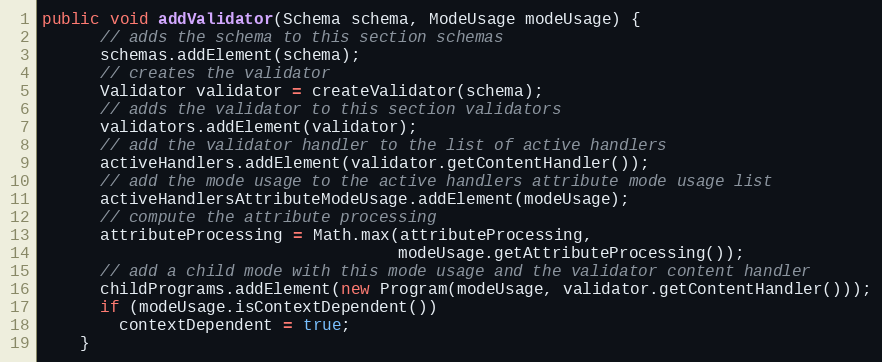
Language: Java
public void addValidator(Schema schema, ModeUsage modeUsage) {
      // adds the schema to this section schemas
      schemas.addElement(schema);
      // creates the validator
      Validator validator = createValidator(schema);
      // adds the validator to this section validators
      validators.addElement(validator);
      // add the validator handler to the list of active handlers
      activeHandlers.addElement(validator.getContentHandler());
      // add the mode usage to the active handlers attribute mode usage list
      activeHandlersAttributeModeUsage.addElement(modeUsage);
      // compute the attribute processing
      attributeProcessing = Math.max(attributeProcessing,
                                     modeUsage.getAttributeProcessing());
      // add a child mode with this mode usage and the validator content handler
      childPrograms.addElement(new Program(modeUsage, validator.getContentHandler()));
      if (modeUsage.isContextDependent())
        contextDependent = true;
    }